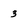
Character: 3